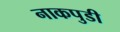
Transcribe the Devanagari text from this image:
नाकपुडी